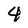
Character: 4